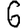
Digit: 6